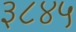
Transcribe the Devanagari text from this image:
३८४५